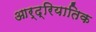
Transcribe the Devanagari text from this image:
आर्द्रियातिक